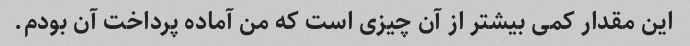
این مقدار کمی بیشتر از آن چیزی است که من آماده پرداخت آن بودم.